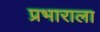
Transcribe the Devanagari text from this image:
प्रभाराला